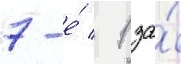
7-е́ / 1 за́